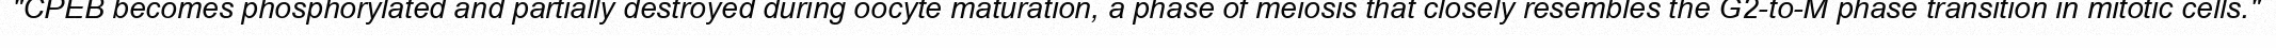
"CPEB becomes phosphorylated and partially destroyed during oocyte maturation, a phase of meiosis that closely resembles the G2-to-M phase transition in mitotic cells."